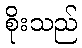
စိုးသည်